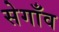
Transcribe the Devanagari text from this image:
सेगाँव